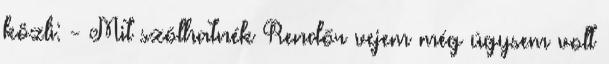
közli: - Mit szólhatnék Rendőr vejem még úgysem volt